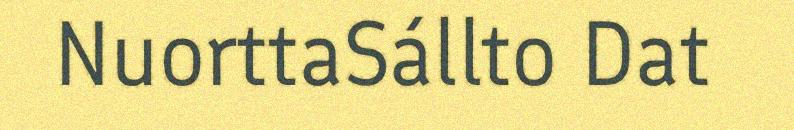
NuorttaSállto Dat